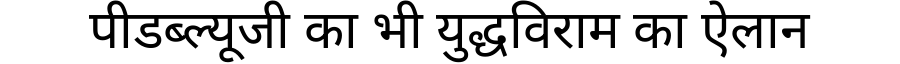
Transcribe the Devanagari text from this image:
पीडब्ल्यूजी का भी युद्धविराम का ऐलान